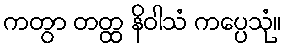
ကတွာ တတ္ထ နိဝါသံ ကပ္ပေသုံ။